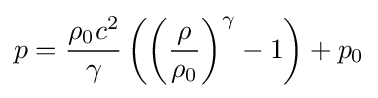
p={\frac {\rho _{0}c^{2}}{\gamma }}\left(\left({\frac {\rho }{\rho _{0}}}\right)^{\gamma }-1\right)+p_{0}